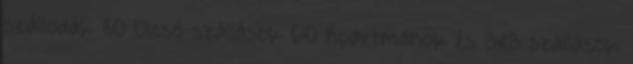
szállodák 80 Olcsó szállások 60 Apartmanok és B&B szállások